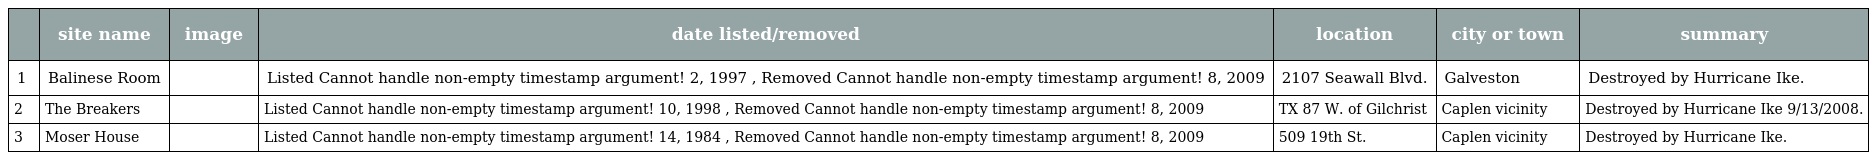
|  | site name | image | date listed/removed | location | city or town | summary |
 | --- | --- | --- | --- | --- | --- | --- |
 | 1 | Balinese Room |  | Listed Cannot handle non-empty timestamp argument! 2, 1997 , Removed Cannot handle non-empty timestamp argument! 8, 2009 | 2107 Seawall Blvd. | Galveston | Destroyed by Hurricane Ike. |
 | 2 | The Breakers |  | Listed Cannot handle non-empty timestamp argument! 10, 1998 , Removed Cannot handle non-empty timestamp argument! 8, 2009 | TX 87 W. of Gilchrist | Caplen vicinity | Destroyed by Hurricane Ike 9/13/2008. |
 | 3 | Moser House |  | Listed Cannot handle non-empty timestamp argument! 14, 1984 , Removed Cannot handle non-empty timestamp argument! 8, 2009 | 509 19th St. | Caplen vicinity | Destroyed by Hurricane Ike. |